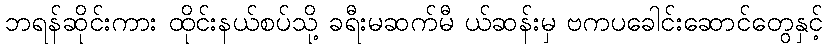
ဘရန်ဆိုင်းကား ထိုင်းနယ်စပ်သို့ ခရီးမဆက်မီ ယ်ဆန်းမှ ဗကပခေါင်းဆောင်တွေနှင့်